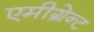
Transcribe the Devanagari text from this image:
एमीग्रेन्ट